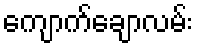
ကျောက်ချောလမ်း